Report on vaccination in Madras 1877-1894 - 1877-1894
Year: 1877
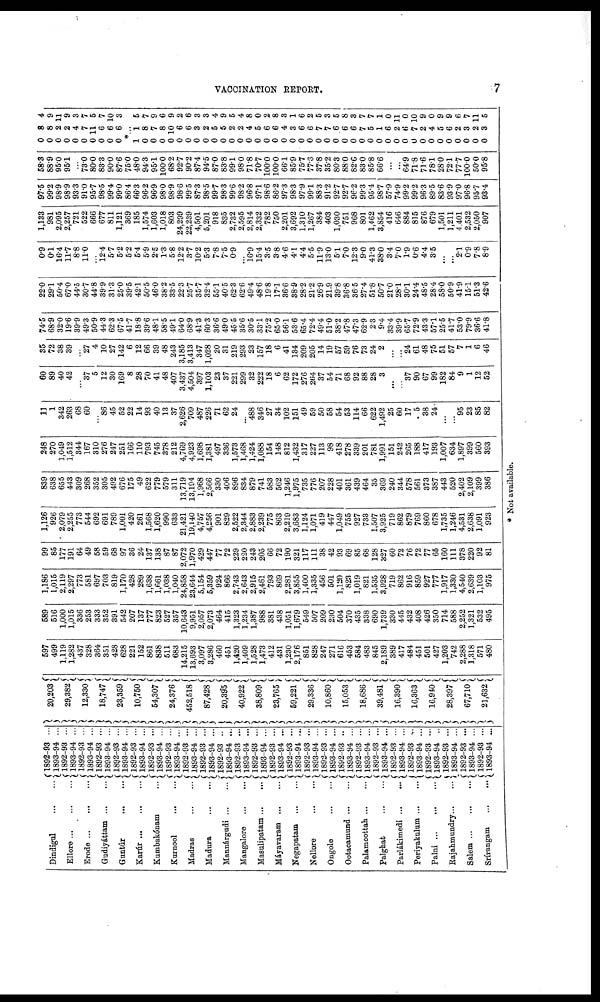
VACCINATION REPORT.
7
Dindigul
...
...
Ellore
...
...
...
Erode
...
...
...
Gudiyáttam ... ...
Guntúr
...
...
Karúr
...
...
Kumbakónam ...
Kurnool
...
...
Madras
...
...
Madura
...
...
Mannárgudi
...
...
Mangalore
...
...
Masulipatam ... ...
Máyavaram
...
...
Negapatam
...
...
Nellore
...
...
Ongole
...
...
Ootacamund
...
...
Palamcottah ... ...
Palghat
...
...
Parlákimedi ... ...
Periyakulum ... ...
Palni
...
...
...
Rajahmundry ... ...
Salem
...
...
...
Srívangam
...
...
1892-93 ...
1893-94 ...
1892-93 ...
1893-94 ...
1892-93 ...
1893-94 ...
1892-93 ...
1893-94 ...
1892-93 ...
1893-94 ...
1892-93 ...
1893-94 ...
1892-93 ...
1893-94 ...
1892-93 ...
1893-94 ...
1892-93 ...
1893-94 ...
1892-93 ...
1893-94 ...
1892-93 ..
1893-94 ...
1892-93 ...
1893-94 ...
1892-93 ...
1893-94 ...
1892-93 ...
1893-94 ...
1892-93 ...
1893-94 ...
1892-93 ...
1893-94 ...
1892-93 ...
1893-94 ...
1892-93 ..
1893-94 ...
1892-93 ...
1893-94 ...
1892-93 ...
1893-94 ...
1892-93 ...
1893-94 ...
1892-93 ...
1893-94 ...
1892-93 ...
1893-94 ...
1892-93 ...
1893-94 ...
1892-93 ...
1893-94 ...
1892-93 ...
1893-94 ...
20,203
29,382
12,330
18,747
23,359
10,750
54,307
24,376
452,518
87,428
20,395
40,922
38,809
23,765
59,221
29,336
10,860
15,053
18,686
39,481
16,390
16,363
16,940
28,397
67,710
21,632
597
499
1,119
1,282
437
328
364
351
428
628
221
152
861
838
511
683
14,215
13,693
3,097
3,286
460
451
1,420
1,409
1,528
1,473
412
431
1,230
2,176
851
828
247
271
616
453
584
483
845
2,189
389
417
484
451
501
427
1,203
742
2,288
1,318
571
480
589
516
1,000
1,015
336
253
333
352
391
542
207
137
777
823
527
357
10,643
9,951
2,057
2,073
464
415
1,323
1,234
1,387
988
381
438
1,051
1,679
549
507
209
230
504
370
435
338
690
1,739
330
445
432
408
426
350
714
588
2,252
1,321
532
495
1,186
1,015
2,119
2,297
773
581
697
703
819
1,170
428
289
1,638
1,661
1,038
1,040
24,858
23,644
5,154
5,359
924
866
2,743
2,643
2,915
2,461
793
869
2,281
3,855
1,400
1,335
456
501
1,120
823
1,019
821
1,535
3,928
719
862
916
859
927
777
1,917
1,330
4,540
2,639
1,103
975
99
85
177
191
64
49
58
59
68
97
36
24
137
138
87
87
2,072
1,970
429
447
77
72
229
220
243
205
66
72
190
321
117
111
38
42
93
69
85
68
128
327
60
72
76
72
77
65
160
111
378
220
92
81
1,126
926
2,079
2,255
773
544
692
691
789
1,001
420
261
1,568
1,620
990
633
21,421
19,140
4,757
4,256
901
829
2,522
2,344
2,883
2,239
775
863
2,219
3,683
1,124
1,071
419
447
1,049
755
927
733
1,507
3,925
719
862
879
769
860
678
1,735
1,246
4,531
2,638
1,091
923
839
638
655
443
309
268
352
305
492
676
175
49
622
779
579
311
13,719
13,194
1,968
2,566
330
406
896
834
879
741
583
562
1,246
1,975
735
776
207
228
401
361
439
464
35
369
240
344
578
561
373
387
443
520
2,402
2,109
399
386
248
270
1,049
1,512
344
167
310
276
247
251
166
110
793
745
378
212
4,769
4,923
1,698
1,381
497
336
1,573
1,468
1,424
1,088
154
148
812
1,432
317
227
113
98
418
278
339
201
781
1,991
151
242
265
188
417
193
1,007
634
1,897
399
560
393
11
1
342
263
68
60
...
86
45
52
22
14
93
40
13
37
2,626
709
487
226
71
62
24
...
488
346
27
34
102
151
49
59
50
58
54
53
114
66
622
1,492
25
60
17
5
38
24
...
...
95
23
85
82
60
89
40
42
...
37
5
12
30
169
8
28
70
41
48
407
3,437
4,504
397
1,103
23
37
221
299
32
222
18
6
62
172
276
264
37
54
71
68
92
88
28
3
...
...
37
90
67
99
182
84
9
1
12
52
35
72
38
39
...
27
4
10
27
142
6
12
66
39
48
243
3,185
3,413
347
1,028
20
31
219
293
23
157
18
6
41
134
209
205
14
19
57
59
76
73
24
2
...
...
24
61
48
75
51
57
7
1
6
46
74.5
68.9
32.0
19.6
39.9
49.3
50.9
44.3
62.3
67.5
41.7
18.8
39.6
48.1
58.5
49.1
64.0
68.9
41.3
60.3
36.6
49.0
45.5
35.6
30.5
33.1
75.2
65.0
56.1
53.6
65.4
72.4
49.4
51.0
38.2
47.8
47.3
62.9
2.3
9.4
33.4
39.9
65.7
72.9
43.3
57.1
25.5
41.7
53.0
79.9
36.6
41.8
22.0
29.1
50.4
67.0
44.5
30.7
44.8
39.9
31.3
25.0
39.5
42.1
50.5
46.0
38.2
33.5
22.3
25.7
35.7
32.4
55.1
40.5
62.3
62.6
49.4
48.6
19.8
17.1
36.6
38.9
28.2
21.2
26.9
21.9
39.8
36.8
36.5
27.4
51.8
50.7
21.0
28.1
30.1
24.4
48.5
28.4
58.0
50.9
41.9
15.1
51.3
42.6
0.9
0.1
16.4
11.7
8.8
11.0
...
12.4
5.7
5.2
5.2
5.4
5.9
2.5
1.3
5.8
12.2
3.7
10.2
5.3
7.8
7.5
0.9
...
16.9
15.4
3.5
3.8
4.6
4.1
4.4
5.5
11.9
13.0
5.1
7.0
12.3
9.0
41.3
38.0
3.4
7.0
1.9
0.6
4.4
3.5
...
...
2.1
0.9
7.8
8.9
1,133
981
2,095
2,257
721
522
666
677
811
1,121
369
185
1,574
1,603
1,018
803
24,299
22,239
4,501
5,201
918
835
2,732
2,595
2,814
2,332
782
750
2,201
3,692
1,310
1,267
384
403
1,030
751
968
801
1,462
3,854
416
646
884
815
876
679
1,501
1,211
4,401
2,532
2,050
907
97.5
99.2
98.9
98.9
93.3
91.0
95.7
98.5
99.4
99.0
86.4
66.3
96.2
96.9
98.0
98.9
98.6
99.5
87.3
98.5
99.7
98.3
99.6
98.2
96.8
97.1
98.6
86.2
97.3
98.3
97.9
99.1
88.3
91.2
92.7
92.7
96.2
99.3
95.4
98.7
57.9
74.9
99.2
99.2
96.3
89.5
83.6
93.9
97.0
96.8
95.7
93.4
58.3
88.9
95.0
95.1
...
73.0
80.0
83.3
90.0
87.6
75.0
48.0
94.3
95.1
100.0
68.2
92.7
90.2
87.4
94.5
87.0
83.8
99.1
98.0
71.8
70.7
100.0
100.0
66.1
85.9
75.7
77.6
37.8
35.2
80.3
88.0
82.0
83.0
85.8
66.6
...
...
64.9
71.8
71.6
78.1
28.0
72.1
77.7
100.0
50.0
95.8
0
0
0
0
0
0
0
0
0
0
8
8
2
2
4
7
11
6
6
6
4
9
11
9
3
7
5
7
10
3
*...
1
0
0
0
0
0
0
0
0
0
0
0
0
0
0
0
0
0
0
0
0
0
0
0
0
0
0
0
0
0
0
0
0 0
0
0
0
0
0
0
0
1
8
7
8
10
6
6
3
2
5
5
2
2
4
5
6
6
4
3
6
6
7
7
6
6
6
7
5
1
6
2
6
7
2
4
5
6
2
3
2
3
5
7
9
6
9
2
6
3
3
4
9
5
4
8
0
2
8
3
1
6
2
5
3
5
8
3
7
7
1
0
11
0
10
9
0
9
9
6
7
11
5
* Not available.